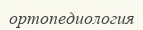
ортопедиология